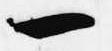
一